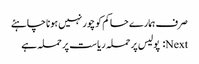
صرف ہمارے حاکم کو چور نہیں ہونا چاہئے
Next: پولیس پر حملہ ریاست پر حملہ ہے